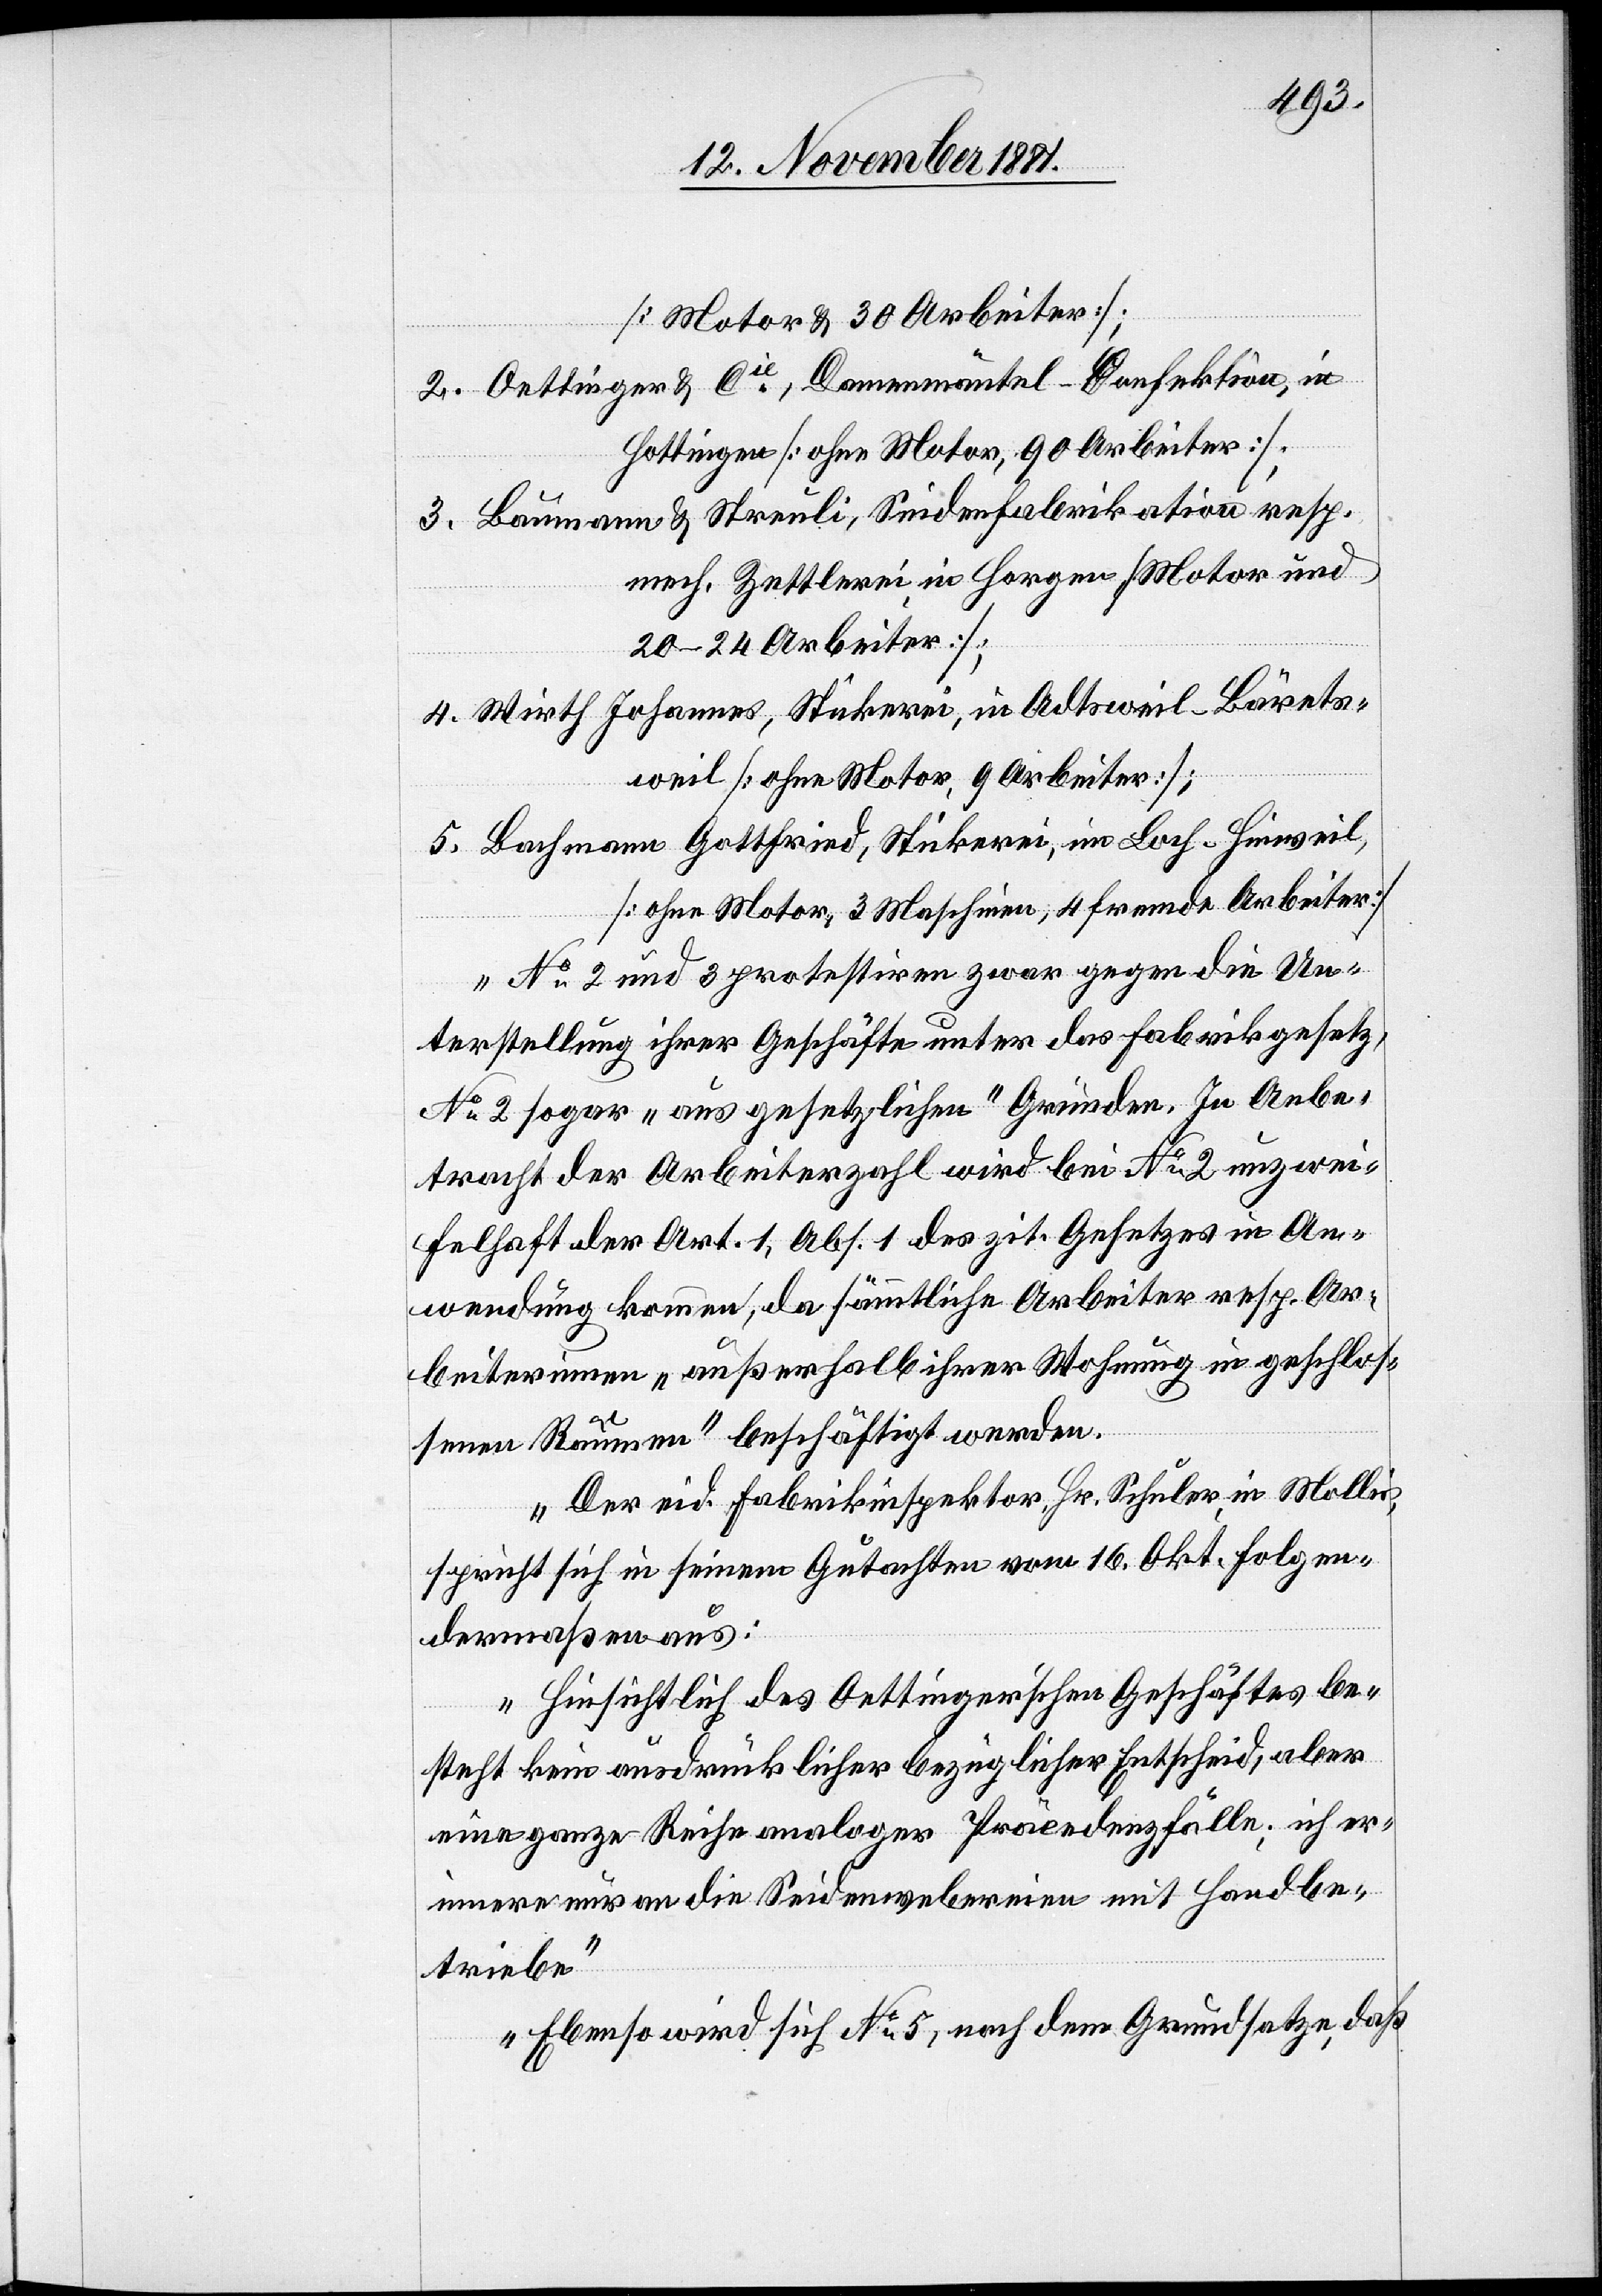
[Motor & 30 Arbeiter];
2. Oettinger & Cie, Damenmäntel-Confektion, in
Hottingen [ohne Motor, 90 Arbeiter];
3. Baumann & Streuli, Seidenfabrikation resp.
mech. Zettlerei in Horgen [Motor und
20–24 Arbeiter];
4. Wirth Johannes, Stickerei, in Adetsweil - Bärets¬
weil [ohne Motor, 9 Arbeiter];
5. Bachmann Gottfried, Strickerei, im Bach - Hinweil,
[ohne Motor, 3 Maschinen, 4 fremde Arbeiter]
No 2 und 3 protestiren zwar gegen die Un¬
terstellung ihrer Geschäfte unter das Fabrikgesetz,
No 2 sogar „aus gesetzlichen“ Gründen. In Anbe¬
tracht der Arbeiterzahl wird bei No 2 unzwei¬
felhaft der Art. 1, Abs. 1 des zit. Gesetzes in An¬
wendung kommen, da sämmtliche Arbeiter resp. Ar¬
beiterinnen „außerhalb ihrer Wohnung in geschlos¬
senen Räumen“ beschäftigt werden.
Der eid. Fabrikinspektor Hr. Schuler, in Mollis,
spricht sich in seinem Gutachten vom 16. Okt. folgen¬
dermaßen aus:
Hinsichtlich des Oettinger’schen Geschäftes be¬
steht kein ausdrücklicher bezüglicher Entscheid, aber
eine ganze Reihe analoger Präcedenzfälle; ich er¬
innere nur an die Seidenwebereien mit Handbe¬
triebe.
Ebenso wird sich No 5, nach dem Grundsatze, daß